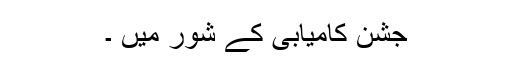
جشن کامیابی کے شور میں ۔